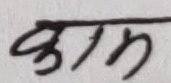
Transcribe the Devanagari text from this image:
काम